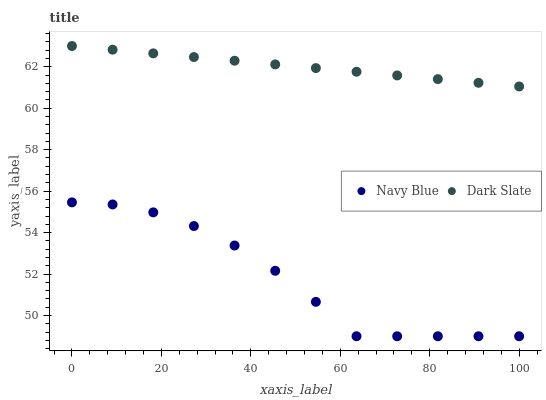
| xaxis_label | Navy Blue | Dark Slate |
 | --- | --- | --- |
 | 0 | 55.5 | 63 |
 | 9.09 | 55.4 | 62.8 |
 | 18.2 | 55 | 62.6 |
 | 27.3 | 54.3 | 62.5 |
 | 36.4 | 53.4 | 62.3 |
 | 45.5 | 52.2 | 62.1 |
 | 54.5 | 50.7 | 61.9 |
 | 63.6 | 49 | 61.8 |
 | 72.7 | 49 | 61.6 |
 | 81.8 | 49 | 61.4 |
 | 90.9 | 49 | 61.2 |
 | 100 | 49 | 61 |